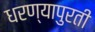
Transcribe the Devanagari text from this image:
धरण्यापुरती